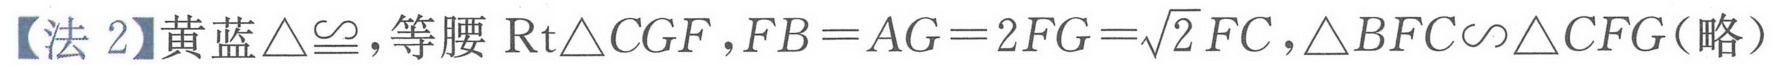
【法 2】黄蓝\(\triangle\cong\)，等腰 \(\text{Rt}\triangle CGF\)，\(FB = AG = 2FG=\sqrt{2}FC\)，\(\triangle BFC\backsim\triangle CFG\)（略）